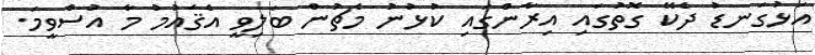
އަޅުގަނޑު ދެކޭ ގޮތުގައި އިރާންގައި ކުޅުނު މެޗުން ބަލިވީ އެޤައުމު މާ އުސްވީމަ.